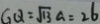
G Q = \sqrt { 1 3 } a = 2 6